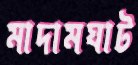
মাদামঘাট